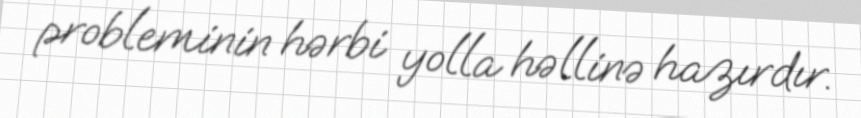
probleminin hərbi yolla həllinə hazırdır.